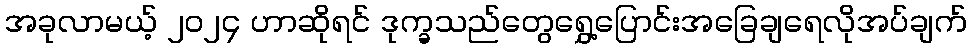
အခုလာမယ့် ၂၀၂၄ ဟာဆိုရင် ဒုက္ခသည်တွေရွှေ့ပြောင်းအခြေချရေလိုအပ်ချက်